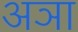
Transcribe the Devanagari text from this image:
अञा